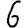
Digit: 6